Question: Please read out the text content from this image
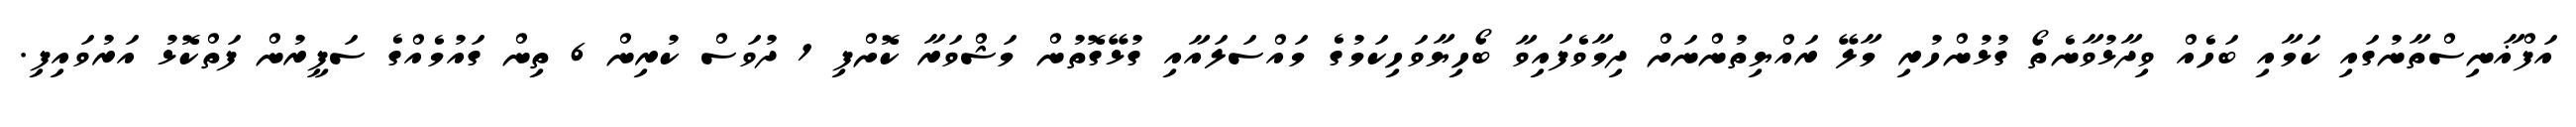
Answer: އަފްޣާނިސްތާނުގައި ކަމާއި ބަހެއް ވިދާޅުވާނެތޯ ގުޅުންހުރި މާލޭ ރައްޔިތުންނަށް ދިމާވެފައިވާ ބޯހިޔާވަހިކަމުގެ މައްސަލައާއި ގުޅޭގޮތުން މަޝްވަރާ ކޮށްފި 1 ދުވަސް ކުރިން 6 ތިން ގައުމެއްގެ ސަފީރުން ފަތްކޮޅު އަރުވައިފި.